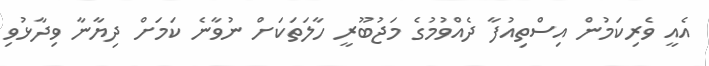
އެއީ ވެރިކަމުން އިސްތިއުފާ ދެއްވުމުގެ މަޖުބޫރީ ހާލަތަކަށް ނުވާނެ ކަމަށް ދިޔާނާ ވިދާޅުވި